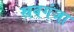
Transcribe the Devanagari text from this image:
स्रवगंजा